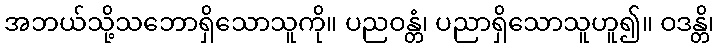
အဘယ်သို့သဘောရှိသောသူကို။ ပညဝန္တံ၊ ပညာရှိသောသူဟူ၍။ ဝဒန္တိ၊